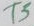
Text: T5